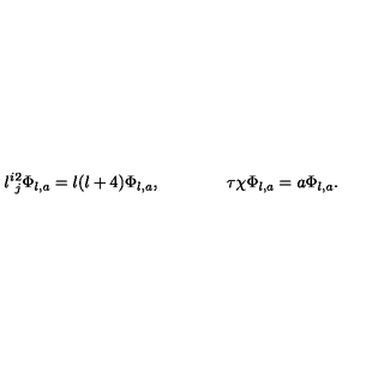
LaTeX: l ^ { i } { } _ { j } ^ { 2 } \Phi _ { l , a } = l ( l + 4 ) \Phi _ { l , a } , \qquad \qquad \tau \chi \Phi _ { l , a } = a \Phi _ { l , a } .